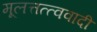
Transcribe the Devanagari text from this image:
मूलत्तत्त्ववादी